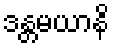
ဒန္တမယာနိ